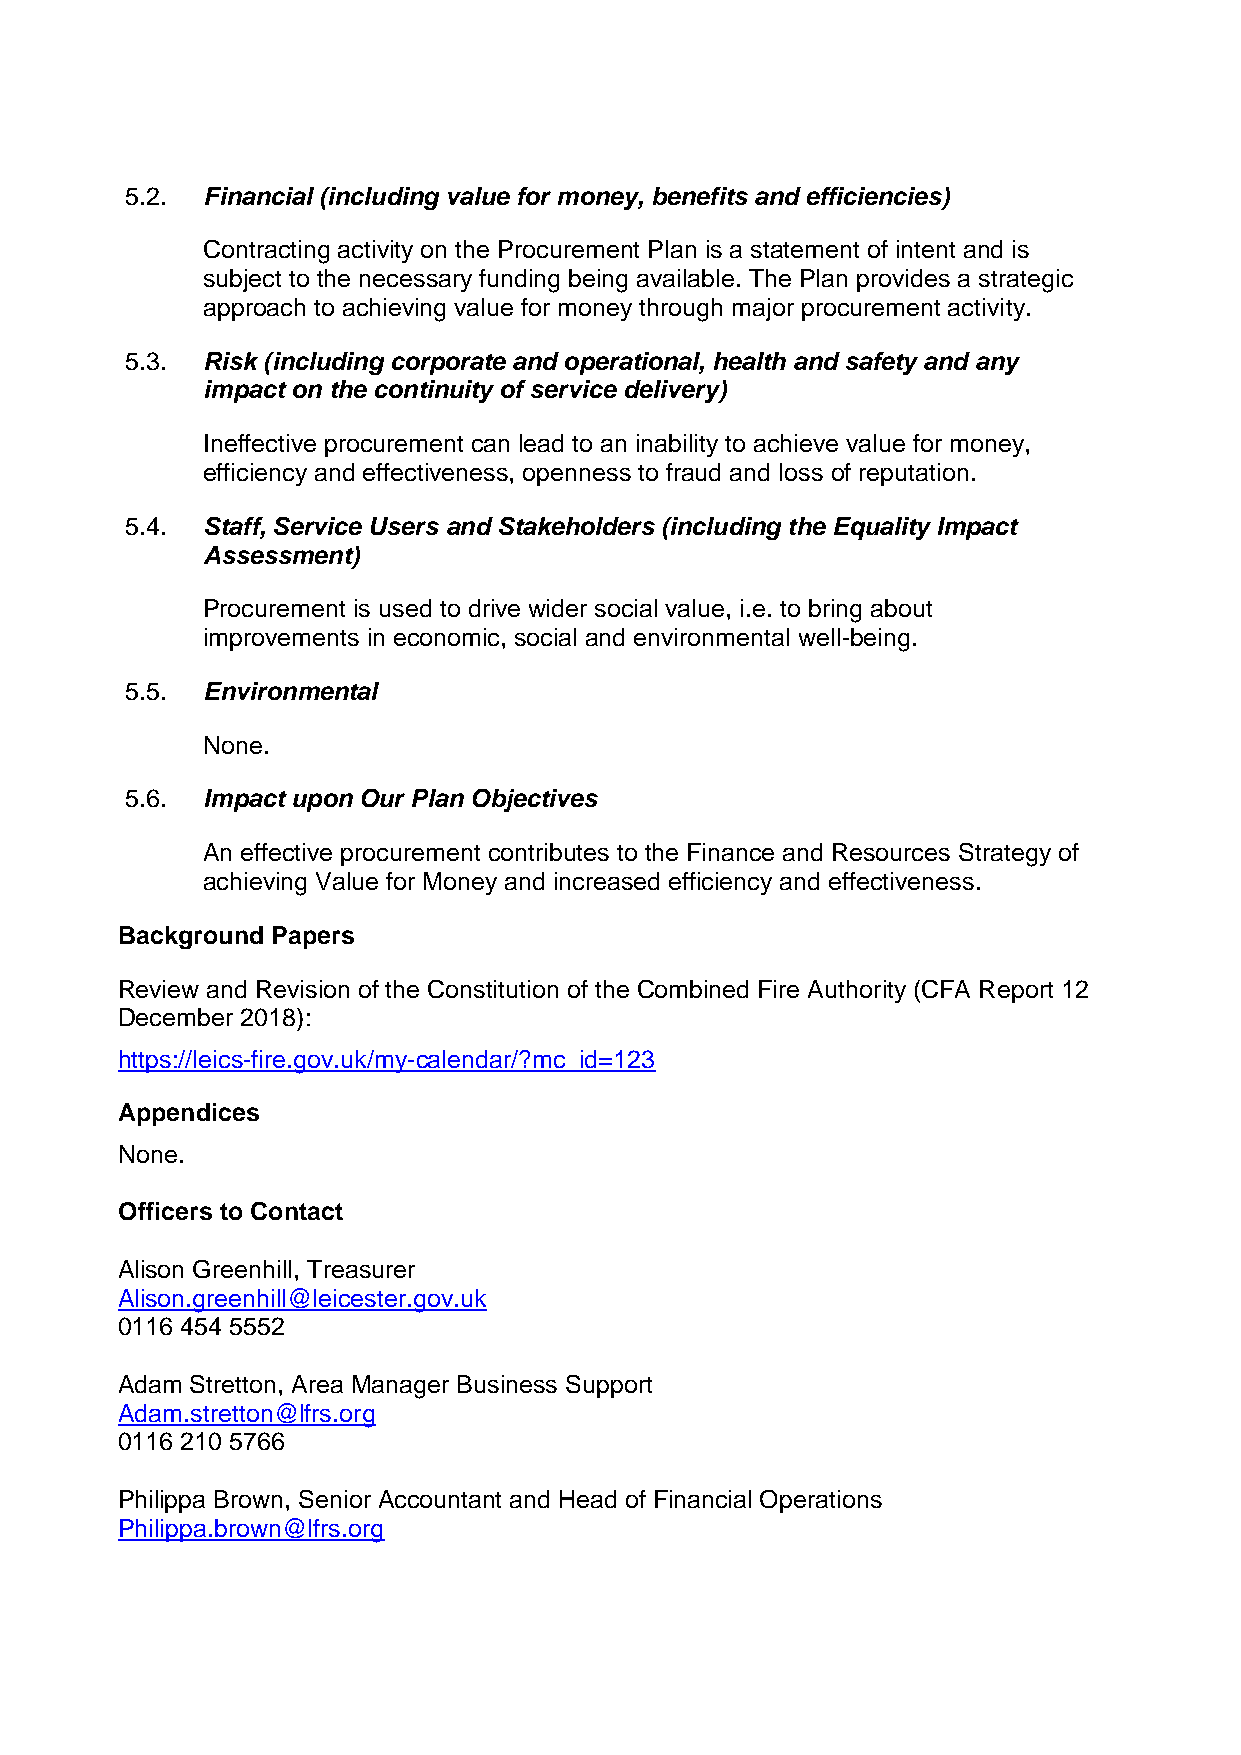
5.2. F inancial (including value for money, benefits and efficiencies)
 Contracting activity on the Procurement Plan is a statement of intent and is
 subject to the necessary funding being available. The Plan provides a strategic
 approach to achieving value for money through major procurement activity.
 5.3. R isk (including corporate and operational, health and safety and any
 impact on the continuity of service delivery)
 Ineffective procurement can lead to an inability to achieve value for money,
 efficiency and effectiveness, openness to fraud and loss of reputation.
 5.4. S taff, Service Users and Stakeholders (including the Equality Impact
 Assessment)
 Procurement is used to drive wider social value, i.e. to bring about
 improvements in economic, social and environmental well-being.
 5.5. E nvironmental
 None.
 5.6. I mpact upon Our Plan Objectives
 An effective procurement contributes to the Finance and Resources Strategy of
 achieving Value for Money and increased efficiency and effectiveness.
 Background Papers
 Review and Revision of the Constitution of the Combined Fire Authority (CFA Report 12
 December 2018):
 https://leics-fire.gov.uk/my-calendar/?mc_id=123
 Appendices
 None.
 Officers to Contact
 Alison Greenhill, Treasurer
 Alison.greenhill@leicester.gov.uk
 0116 454 5552
 Adam Stretton, Area Manager Business Support
 Adam.stretton@lfrs.org
 0116 210 5766
 Philippa Brown, Senior Accountant and Head of Financial Operations
 Philippa.brown@lfrs.org